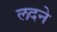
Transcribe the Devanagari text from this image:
लदने